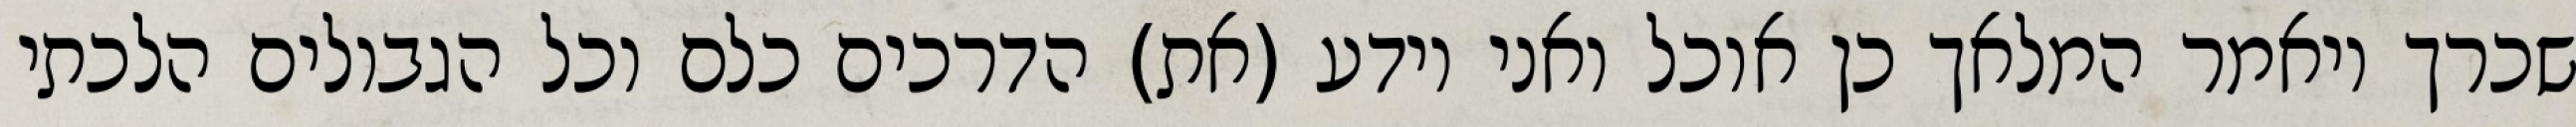
שכרך ויאמר המלאך כן אוכל ואני יודע (את) הדרכים כלם וכל הגבולים הלכתי